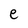
Character: e